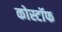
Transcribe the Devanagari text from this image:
कोस्टॉफ